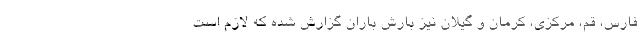
فارس، قم، مرکزی، کرمان و گیلان نیز بارش باران گزارش شده که لازم است